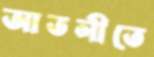
আতলীতে